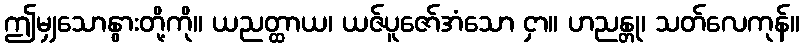
ဤမျှသောနွားတို့ကို။ ယညတ္ထာယ၊ ယဇ်ပူဇော်အံသော ငှာ။ ဟညန္တု၊ သတ်လေကုန်။